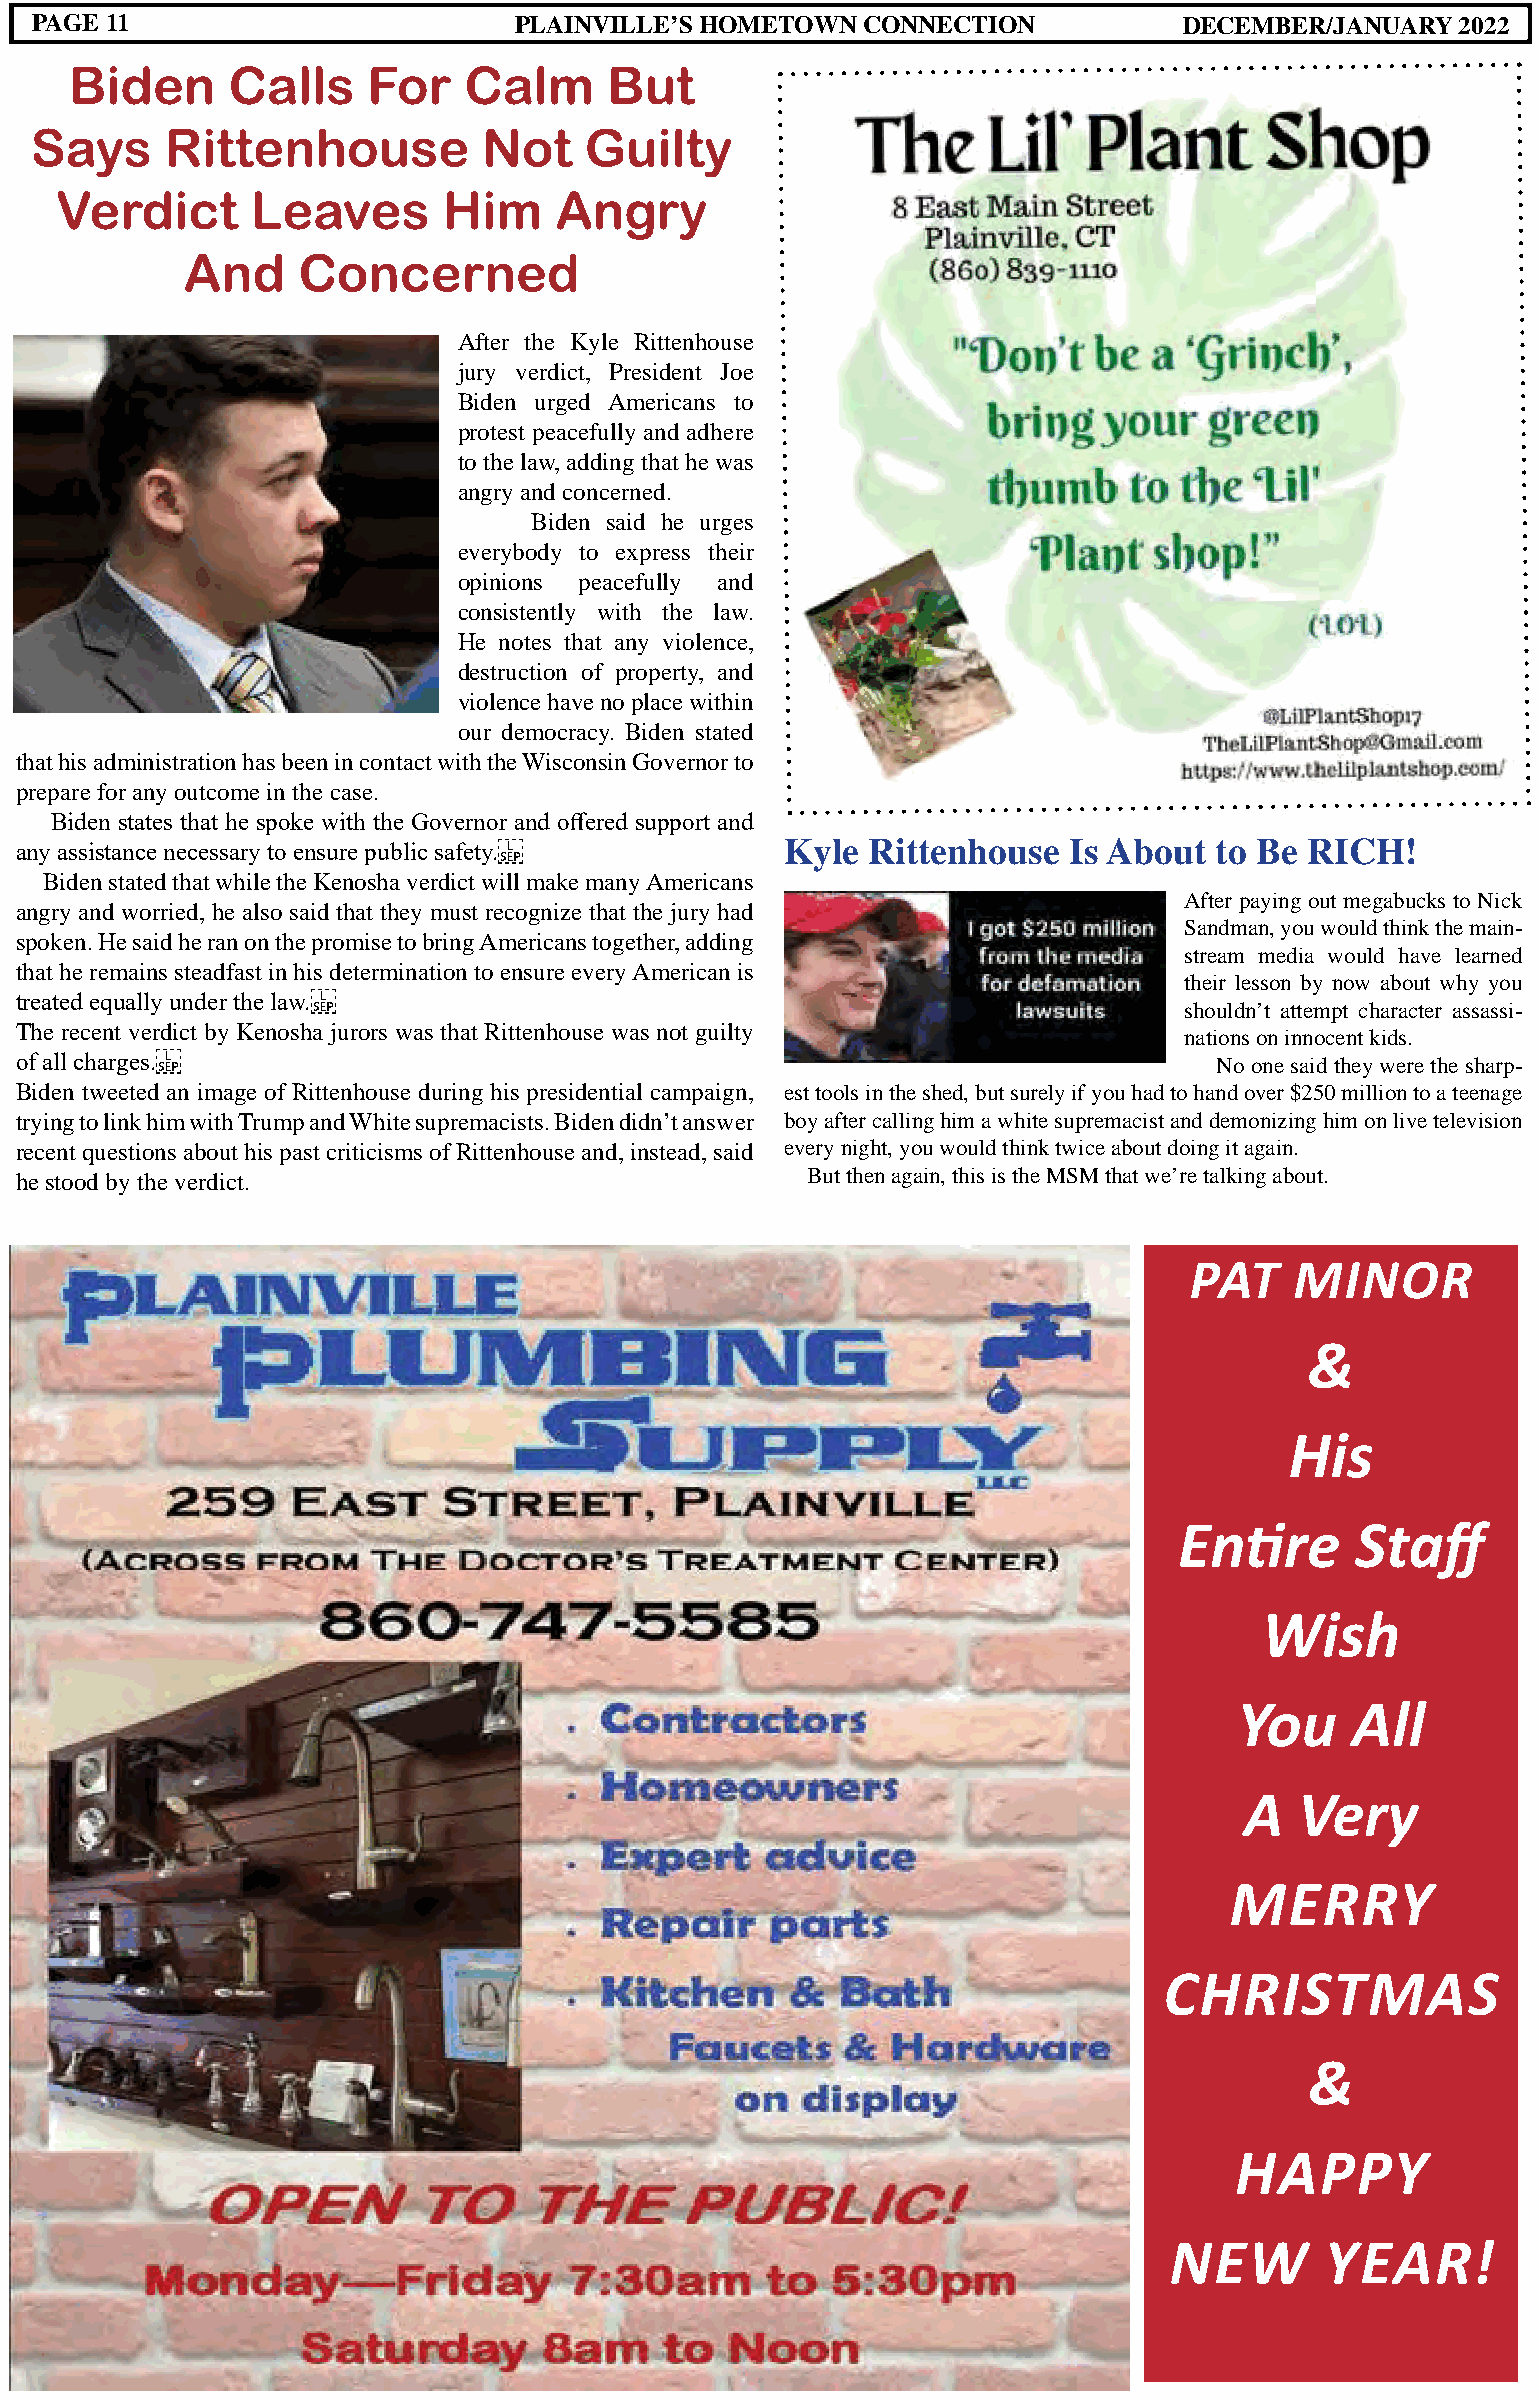
PAGE 11                         PLAINVILLE’S HOMETOWN  CONNECTION           DECEMBER/JANUARY   2022
 Biden     Calls    For    Calm     But
 Says     Rittenhouse          Not    Guilty
 Verdict      Leaves      Him     Angry
 And     Concerned
 After the Kyle Rittenhouse
 jury verdict, President Joe
 Biden urged Americans to
 protest peacefully and adhere
 to the law, adding that he was
 angry and concerned.
 Biden said he urges
 everybody to express their
 opinions peacefully and
 consistently with the law.
 He notes that any violence,
 destruction of property, and
 violence have no place within
 our democracy. Biden stated
 that his administration has been in contact with the Wisconsin Governor to
 prepare for any outcome in the case.
 Biden states that he spoke with the Governor and offered support and
 any assistance necessary to ensure public safety.  Kyle Rittenhouse   Is About to Be  RICH!
 Biden stated that while the Kenosha verdict will make many Americans
 After paying out megabucks to Nick
 angry and worried, he also said that they must recognize that the jury had
 Sandman, you would think the main-
 spoken. He said he ran on the promise to bring Americans together, adding
 stream media would have learned
 that he remains steadfast in his determination to ensure every American is
 their lesson by now about why you
 treated equally under the law.
 shouldn’t attempt character assassi-
 The recent verdict by Kenosha jurors was that Rittenhouse was not guilty
 nations on innocent kids.
 of all charges.                                                                No one said they were the sharp-
 Biden tweeted an image of Rittenhouse during his presidential campaign, est tools in the shed, but surely if you had to hand over $250 million to a teenage
 trying to link him with Trump and White supremacists. Biden didn’t answer boy after calling him a white supremacist and demonizing him on live television
 recent questions about his past criticisms of Rittenhouse and, instead, said every night, you would think twice about doing it again.
 he stood by the verdict.                            But then again, this is the MSM that we’re talking about.
 PAT    MINOR
 &
 His
 Entire      Staff
 Wish
 You    All
 A   Very
 MERRY
 CHRISTMAS
 &
 HAPPY
 NEW        YEAR!